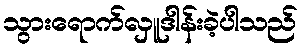
သွားရောက်လှူဒါန်းခဲ့ပါသည်